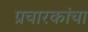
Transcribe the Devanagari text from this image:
प्रचारकांचा